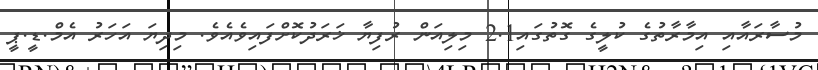
މުސާރައާއި އިމާރާތުގެ ކުލީގެ ގޮތުގައި2.1 މިލިއަން ރުފިޔާ ޚަރަދުކޮށްފައިވެއެވެ. މިދިޔަ އަހަރު އެމް.ޑީ.ޕީ